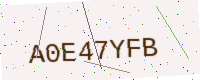
Text: A0E47YFB